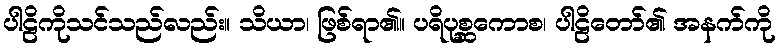
ပါဠိကိုသင်သည်လည်း။ သိယာ၊ ဖြစ်ရာ၏။ ပရိပုစ္ဆကောစ၊ ပါဠိတော်၏ အနက်ကို